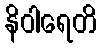
နိဝါရေတိ